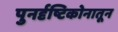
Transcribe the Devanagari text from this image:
पुनर्दृष्टिकोनातून